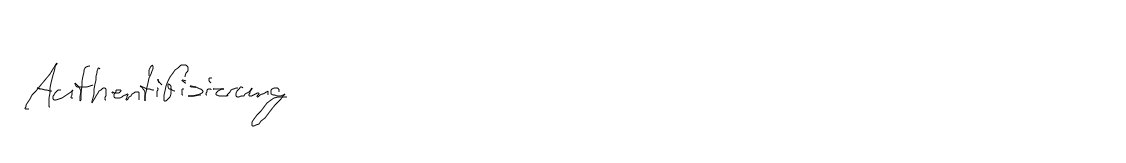
Authentifizierung